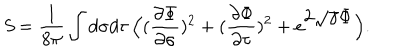
{ \it S } = { \frac { 1 } { 8 \pi } } \int d \sigma d \tau \, \Bigl ( ( { \frac { \partial \Phi } { \partial \sigma } } ) ^ { 2 } + ( { \frac { \partial \Phi } { \partial \tau } } ) ^ { 2 } + e ^ { \displaystyle 2 \sqrt { \gamma } \Phi } \Bigr ) .